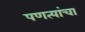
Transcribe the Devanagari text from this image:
पणत्यांचा